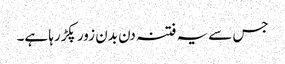
جس سے یہ فتنہ دن بدن زور پکڑرہا ہے۔